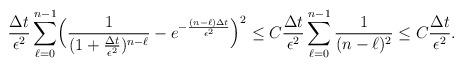
LaTeX: \begin{align*}\frac{\Delta t}{\epsilon^2}\sum_{\ell=0}^{n-1}\Bigl(\frac{1}{(1+\frac{\Delta t}{\epsilon^2})^{n-\ell}}-e^{-\frac{(n-\ell)\Delta t}{\epsilon^2}}\Bigr)^2&\le C\frac{\Delta t}{\epsilon^2}\sum_{\ell=0}^{n-1}\frac{1}{(n-\ell)^2}\le C\frac{\Delta t}{\epsilon^2}.\end{align*}